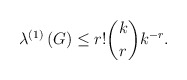
\begin{align*}\lambda^{\left( 1\right) }\left( G\right) \leq r!\binom{k}{r}k^{-r}.\end{align*}